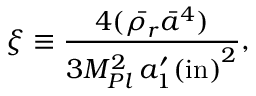
\xi \equiv \frac { 4 ( \bar { \rho _ { r } } \bar { a } ^ { 4 } ) } { 3 M _ { P l } ^ { 2 } \, { { a } _ { 1 } ^ { \prime } ( \mathrm { i n } ) } ^ { 2 } } ,